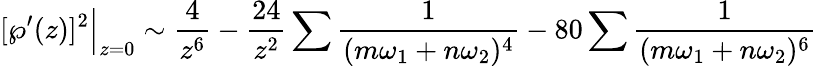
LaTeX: [\wp^{\prime}(z)]^{2}{\Big|}_{z=0}\sim{\frac{4}{z^{6}}}-{\frac{24}{z^{2}}}\sum{\frac{1}{(m\omega_{1}+n\omega_{2})^{4}}}-80\sum{\frac{1}{(m\omega_{1}+n\omega_{2})^{6}}}